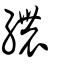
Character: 繷